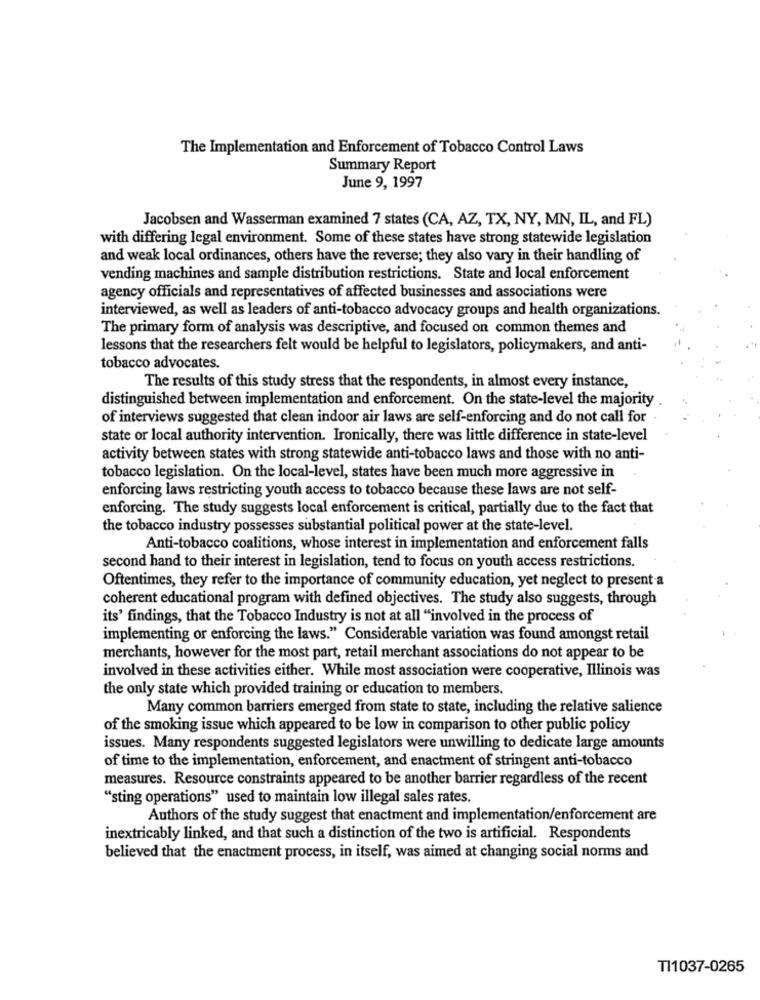
The Implementation and Enforcement of Tobacco Control Laws
Summary Report
June 9, 1997
Jacobsen and Wasserman examined 7 states (CA, AZ, TX, NY, MN, IL, and FL)
with differing legal environment. Some of these states have strong statewide legislation
and weak local ordinances, others have the reverse; they also vary in their handling of
vending machines and sample distribution restrictions. State and local enforcement
agency officials and representatives of affected businesses and associations were
interviewed, as well as leaders of anti-tobacco advocacy groups and health organizations.
The primary form of analysis was descriptive, and focused on common themes and
lessons that the researchers felt would be helpful to legislators, policymakers, and anti-
tobacco advocates.
The results of this study stress that the respondents, in almost every instance,
distinguished between implementation and enforcement. On the state-level the majority
of interviews suggested that clean indoor air laws are self-enforcing and do not call for
state or local authority intervention. Ironically, there was little difference in state-level
activity between states with strong statewide anti-tobacco laws and those with no anti-
tobacco legislation. On the local-level, states have been much more aggressive in
enforcing laws restricting youth access to tobacco because these laws are not self-
enforcing. The study suggests local enforcement is critical, partially due to the fact that
the tobacco industry possesses substantial political power at the state-level.
Anti-tobacco coalitions, whose interest in implementation and enforcement falls
second hand to their interest in legislation, tend to focus on youth access restrictions.
Oftentimes, they refer to the importance of community education, yet neglect to present a
coherent educational program with defined objectives. The study also suggests, through
its' findings, that the Tobacco Industry is not at all "involved in the process of
implementing or enforcing the laws." Considerable variation was found amongst retail
merchants, however for the most part, retail merchant associations do not appear to be
involved in these activities either. While most association were cooperative, Illinois was
the only state which provided training or education to members.
Many common barriers emerged from state to state, including the relative salience
of the smoking issue which appeared to be low in comparison to other public policy
issues. Many respondents suggested legislators were unwilling to dedicate large amounts
of time to the implementation, enforcement, and enactment of stringent anti-tobacco
measures. Resource constraints appeared to be another barrier regardless of the recent
"sting operations" used to maintain low illegal sales rates.
Authors of the study suggest that enactment and implementation/enforcement are
inextricably linked, and that such a distinction of the two is artificial. Respondents
believed that the enactment process, in itself, was aimed at changing social norms and
TI1037-0265